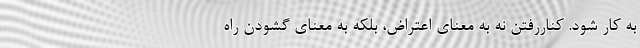
به کار شود. کناررفتن نه به معنای اعتراض، بلکه به معنای گشودن راه‌